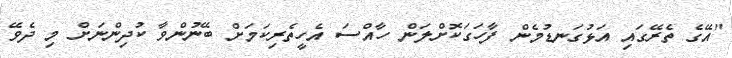
"އޭގެ ތެރޭގައި އަޅުގަނޑުމެން ފާހަގަކޮށްލަން ހާއްސަ އެހީތެރިކަމަށް ބޭނުންވާ ކުދިންނަށް މި ދެވޭ